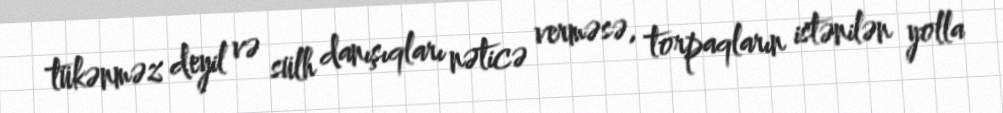
tükənməz deyil və sülh danışıqları nəticə verməsə, torpaqların istənilən yolla